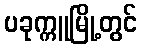
ပခုက္ကူမြို့တွင်